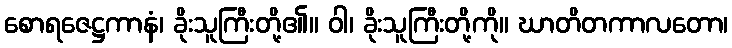
စောရဇေဋ္ဌကာနံ၊ ခိုးသူကြီးတို့၏။ ဝါ၊ ခိုးသူကြီးတို့ကို။ ဃာတိတကာလတော၊